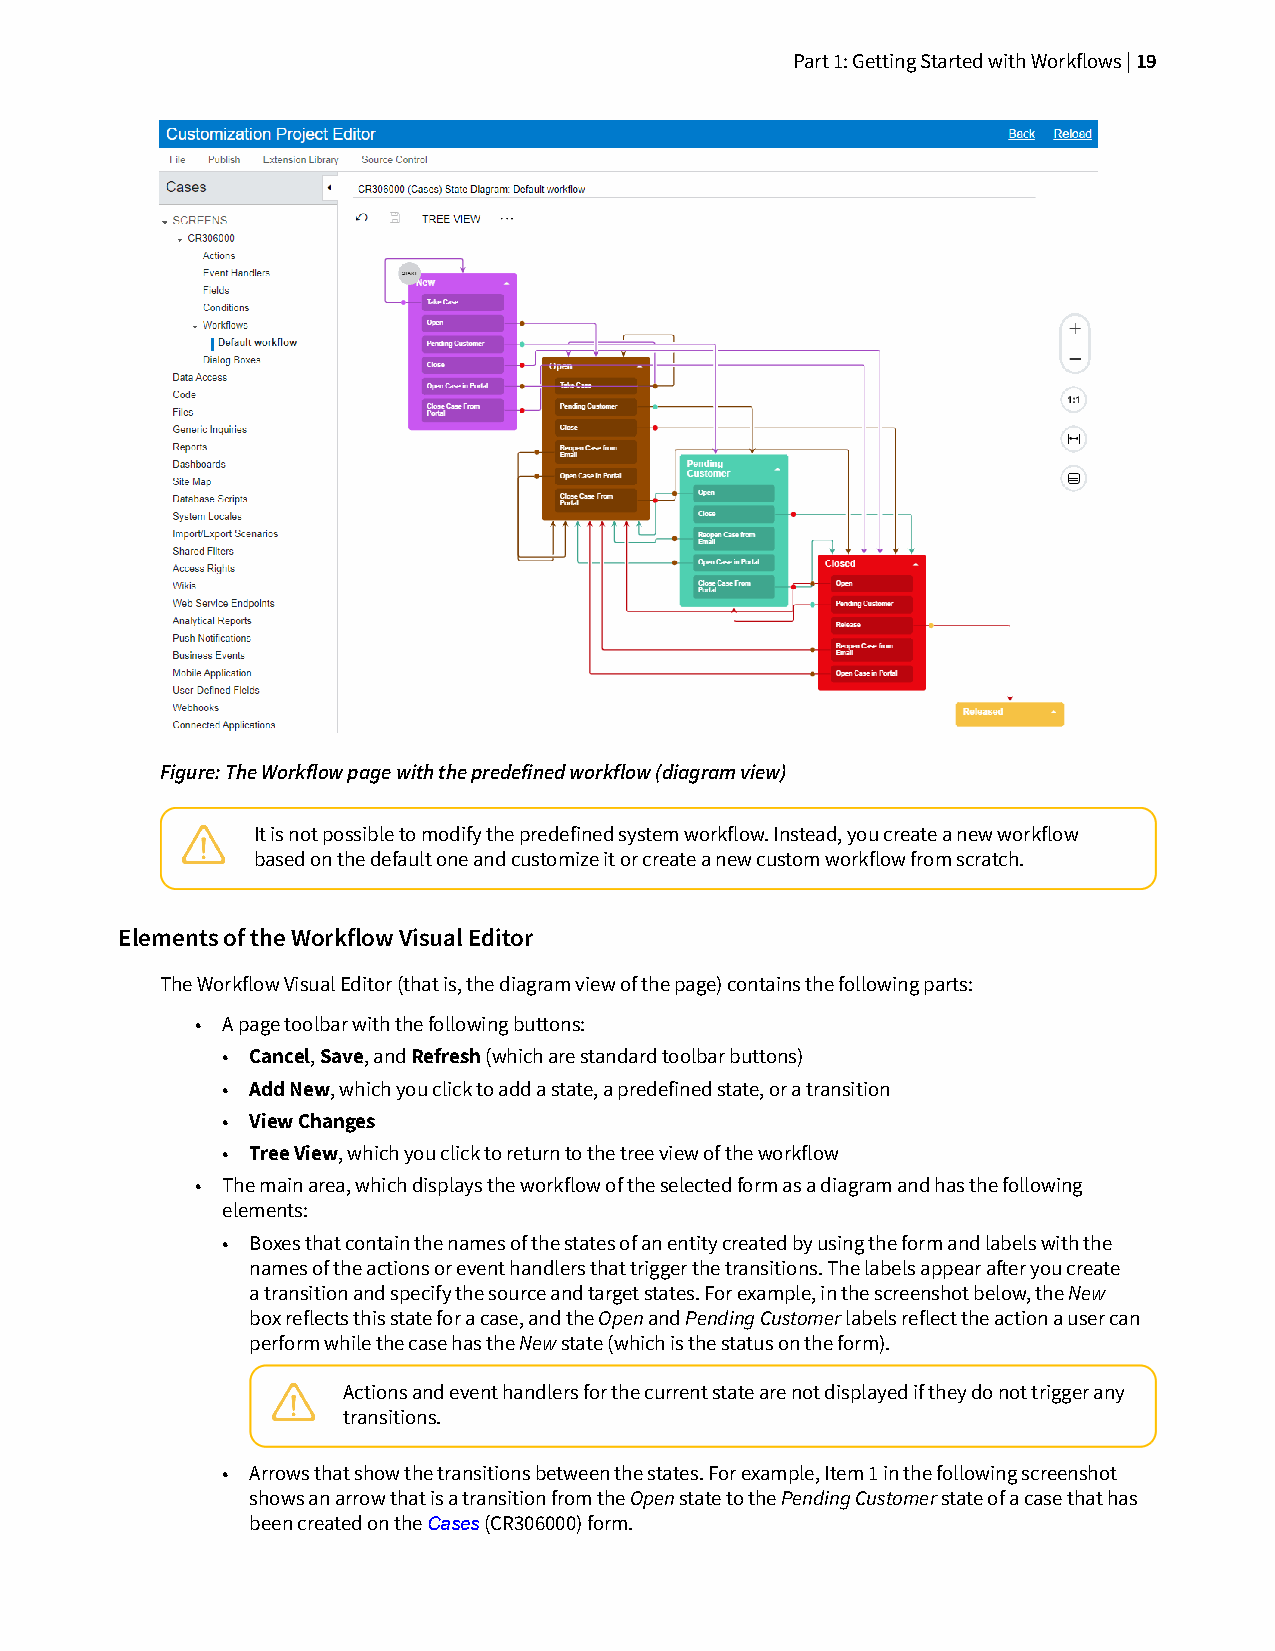
Part 1: Getting Started with Workflows | 19
 Figure: The Workflow page with the predefined workflow (diagram view)
 It is not possible to modify the predefined system workflow. Instead, you create a new workflow
 based on the default one and customize it or create a new custom workflow from scratch.
 Elements of the Workflow Visual Editor
 The Workflow Visual Editor (that is, the diagram view of the page) contains the following parts:
 • A page toolbar with the following buttons:
 • Cancel, Save, and Refresh (which are standard toolbar buttons)
 • Add New, which you click to add a state, a predefined state, or a transition
 • View Changes
 • Tree View, which you click to return to the tree view of the workflow
 • The main area, which displays the workflow of the selected form as a diagram and has the following
 elements:
 • Boxes that contain the names of the states of an entity created by using the form and labels with the
 names of the actions or event handlers that trigger the transitions. The labels appear aer you create
 a transition and specify the source and target states. For example, in the screenshot below, the New
 box reflects this state for a case, and the Open and Pending Customer labels reflect the action a user can
 perform while the case has the New state (which is the status on the form).
 Actions and event handlers for the current state are not displayed if they do not trigger any
 transitions.
 • Arrows that show the transitions between the states. For example, Item 1 in the following screenshot
 shows an arrow that is a transition from the Open state to the Pending Customer state of a case that has
 been created on the Cases (CR306000) form.